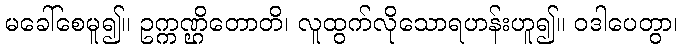
မခေါ်စေမူ၍။ ဥက္ကဏ္ဌိတောတိ၊ လူထွက်လိုသောရဟန်းဟူ၍။ ဝဒါပေတွာ၊